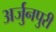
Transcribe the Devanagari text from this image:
अर्जुनपुरी